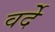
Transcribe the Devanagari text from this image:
वर्देे